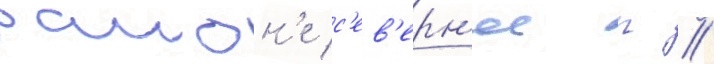
раион'е с'ев'ерн'ее г //